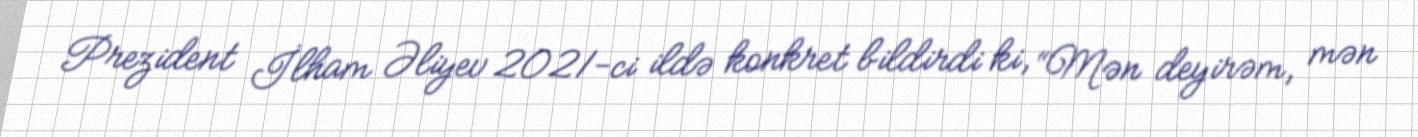
Prezident İlham Əliyev 2021-ci ildə konkret bildirdi ki, “Mən deyirəm, mən